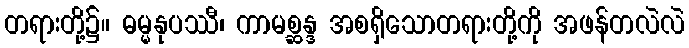
တရားတို့၌။ ဓမ္မနုပဿီ၊ ကာမစ္ဆန္ဒ အစရှိသောတရားတို့ကို အဖန်တလဲလဲ